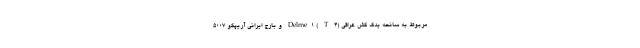
مربوط به سانحه یدک کش عراقی (Delme۱ ( T ۴ و بارج ایرانی آریپکو ۵۰۰۷